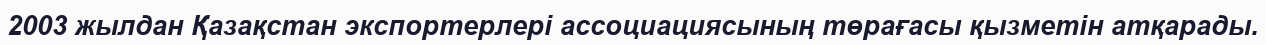
2003 жылдан Қазақстан экспортерлері ассоциациясының төрағасы қызметін атқарады.